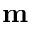
\mathbf { m }